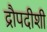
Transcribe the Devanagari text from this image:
द्रौपदीशी